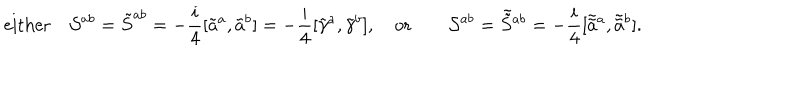
\mathrm { e i t h e r } \quad { \cal S } ^ { a b } = \tilde { S } ^ { a b } = - \frac { i } { 4 } [ \tilde { a } ^ { a } , \tilde { a } ^ { b } ] = - \frac { i } { 4 } [ \tilde { \gamma } ^ { a } , \tilde { \gamma } ^ { b } ] , \quad \mathrm { o r } \qquad { \cal S } ^ { a b } = \tilde { \tilde { S } } { } ^ { a b } = - \frac { i } { 4 } [ \tilde { \tilde { a } } { } ^ { a } , \tilde { \tilde { a } } { } ^ { b } ] .